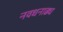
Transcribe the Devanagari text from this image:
नवधनाढ्य